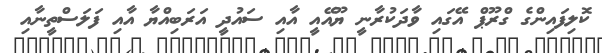
ކޮލިފައިންގެ ގްރޫޕް އޭގައި ވާދަކުރާނީ ޔޫއޭއީ އާއި ސައުދީ އަރަބިއްޔާ އާއި ފަލަސްތީނާއި